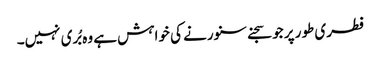
فطری طور پر جو سجنے سنورنے کی خواہش ہے وہ بُری نہیں۔